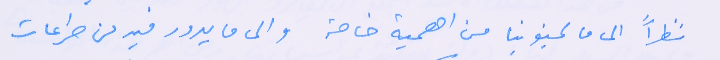
نظراً الى ما لجنوبنا من اهمية خاصة والى ما يدور فيه من صراعات